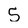
Character: 5